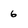
Character: 6